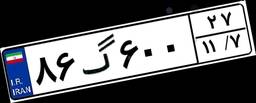
۵۲گ۸۴۳۹۳